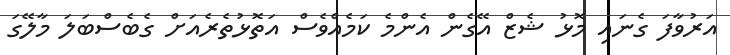
އަރުވާފަ ގެނައި މޮޅު ޝެޒް އޭގެން އެންމެ ކަމެއްވެސް އަތޮޅުތެރެއަށް ގެބެސްބަލަ މާލޭގަ